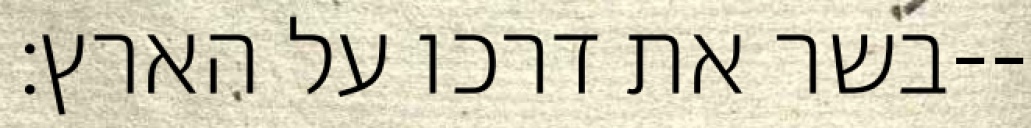
בשר את דרכו על הארץ׃--